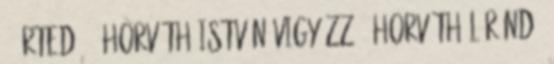
: Érted. 1 Horváth István VIGYÁZZ 1 Horváth Lóránd: